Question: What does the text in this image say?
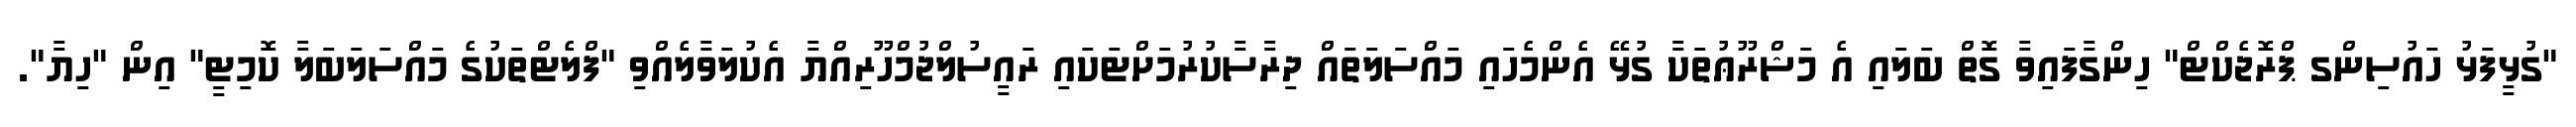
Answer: "ގުޅީފަޅު ހައުސިންގ ޕްރޮޖެކްޓް" ހިންގާފައިވާ ގޮތް ބަލައި އެ މަޝްރޫޢުތަކާ ގުޅޭ އެންމެހައި މައްސަލަތައް ދިރާސާކުރުމަށްޓަކައި ރައީސުލްޖުމްހޫރިއްޔާ އެކުލަވާލެއްވި "ފްލެޓްތަކުގެ މައްސަލަބަލާ ކޮމިޓީ" އިން "ހިޔާ".